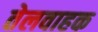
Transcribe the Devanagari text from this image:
तेलवाहक